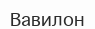
Вавилон